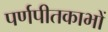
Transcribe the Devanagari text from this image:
पर्णपीतकाभों